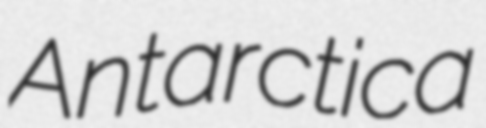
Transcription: Antarctica